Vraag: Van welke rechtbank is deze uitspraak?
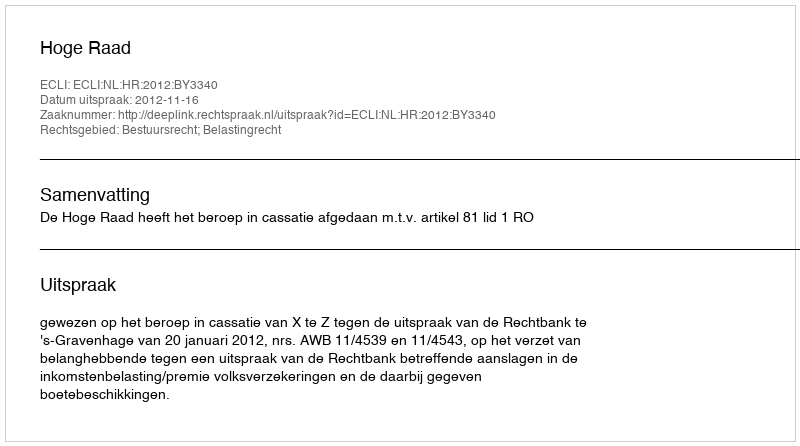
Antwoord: Hoge Raad